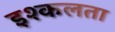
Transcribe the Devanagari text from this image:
इश्कलता